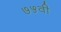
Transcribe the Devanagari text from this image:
७५वी